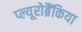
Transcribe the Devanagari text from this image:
प्ल्यूरोब्रैंकिया